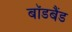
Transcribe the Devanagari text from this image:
बॉडबैंड